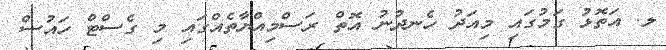
ލ. އަތޮޅު ގަމުގައި މިއަދު ހެނދުނު އޮތް ރަސްމިއްޔާތެއްގައި މި ގެސްޓް ހައުސް